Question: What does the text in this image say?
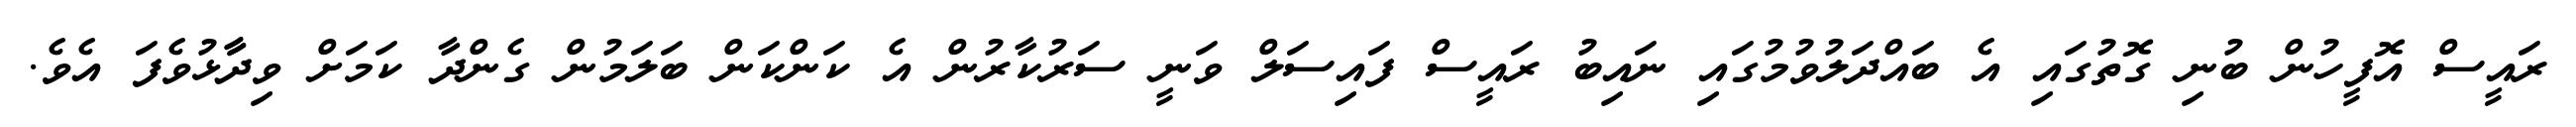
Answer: ރައީސް އޮފީހުން ބުނި ގޮތުގައި އެ ބައްދަލުވުމުގައި ނައިބު ރައީސް ފައިސަލް ވަނީ ސަރުކާރުން އެ ކަންކަން ބަލަމުން ގެންދާ ކަމަށް ވިދާާޅުވެފަ އެވެ.